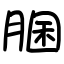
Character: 䐃